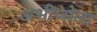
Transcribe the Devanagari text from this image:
अभीप्सेला